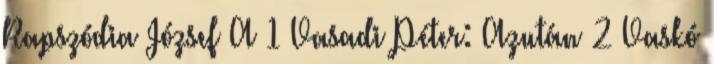
Rapszódia József A 1 Vasadi Péter: Azután 2 Vaskó